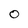
Character: O